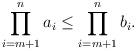
LaTeX: \begin{align*}\prod_{i=m+1}^na_i \leq \prod_{i=m+1}^nb_i. \end{align*}